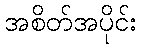
အစိတ်အပိုင်း